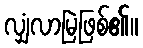
လျှံလာမြဲဖြစ်၏။